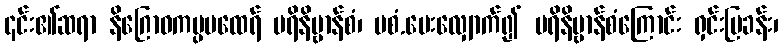
၎င်း၏ဆရာ နိဂြောဓကပ္ပမထေရ် ပရိနိဗ္ဗာန်စံ၊ မစံ.မေးလျှောက်၍ ပရိနိဗ္ဗာန်စံကြောင်း ရှင်းပြခန်း၊